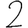
Digit: 2